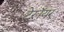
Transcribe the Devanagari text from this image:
टेरॉयर